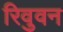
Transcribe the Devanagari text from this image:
रिवुवन